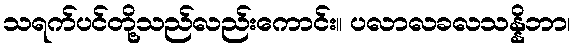
သရက်ပင်တို့သည်လည်းကောင်း။ ပလာလခလသန္နိဘာ၊